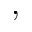
,